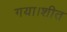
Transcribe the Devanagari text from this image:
गया।शीत